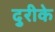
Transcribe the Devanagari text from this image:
दुरीके